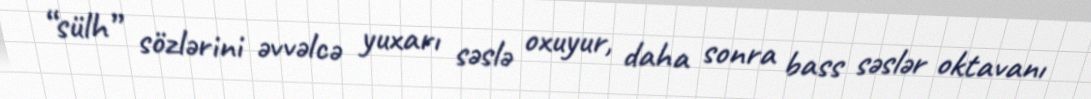
“sülh” sözlərini əvvəlcə yuxarı səslə oxuyur, daha sonra bass səslər oktavanı